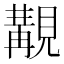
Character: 覯